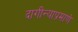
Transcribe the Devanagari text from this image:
दागीन्याप्रमाणे